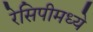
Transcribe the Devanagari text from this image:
रेसिपीमध्ये